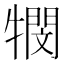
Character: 𭷴